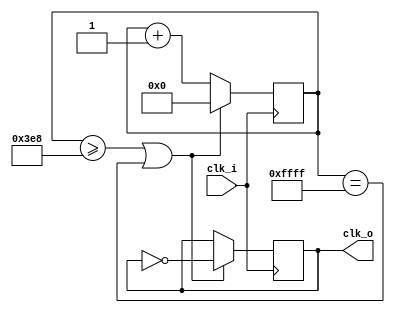
`timescale 1ns / 1ps
//////////////////////////////////////////////////////////////////////////////////
// Company: 
// Engineer: 
// 
// Design Name: 
// Module Name:    clk_divider 
// Project Name: 
// Target Devices: 
// Tool versions: 
// Description: 
//
// Dependencies: 
//
// Revision: 
// Revision 0.01 - File Created
// Additional Comments: 
//
//////////////////////////////////////////////////////////////////////////////////
module clk_divider
#(parameter N = 1000)
(
    input clk_i,
    output reg clk_o = 1'b0
);

	reg [15:0]counter = 16'd0;
	
	always @(posedge clk_i) begin
		if (counter >= N || counter == 16'hFFFF) begin
			clk_o <= ~clk_o;
			counter <= 16'd0;
		end else begin
			counter <= counter + 16'd1;
		end
		
	end


endmodule